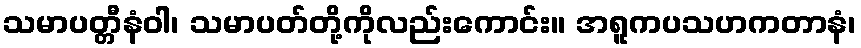
သမာပတ္တီနံဝါ၊ သမာပတ်တို့ကိုလည်းကောင်း။ အရူကပသဟကတာနံ၊